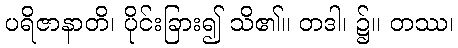
ပရိဇာနာတိ၊ ပိုင်းခြား၍ သိ၏။ တဒါ၊ ၌။ တဿ၊